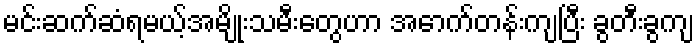
မင်းဆက်ဆံရမယ့်အမျိုးသမီးတွေဟာ အောက်တန်းကျပြီး ခွတီးခွကျ